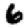
Digit: 6